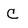
Character: C